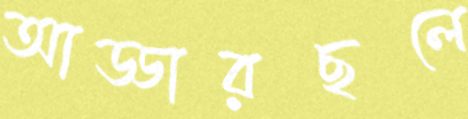
আড্ডারছলে